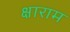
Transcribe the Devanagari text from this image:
क्षाराम